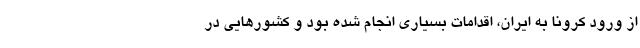
از ورود کرونا به ایران، اقدامات بسیاری انجام شده بود و کشورهایی در